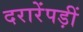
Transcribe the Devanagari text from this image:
दरारेंपड़ीं